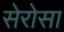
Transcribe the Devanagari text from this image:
सेरोसा